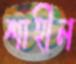
শাহীন